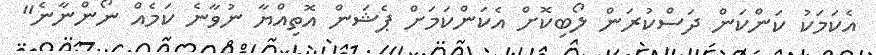
އެކަމަކު ކަންކަން ދަސްކުރަން ލޯބިކޮށް އެކަންކަމަށް ޕެޝަން އޮތިއްޔާ ނުވާނެ ކަމެއް ނޯންނާނެ"